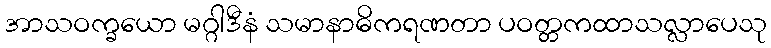
အာသဝက္ခယော မဂ္ဂါဒီနံ သမာနာဓိကရဏတာ ပဝတ္တကထာသလ္လာပေသု